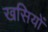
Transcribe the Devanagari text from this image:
खसियों